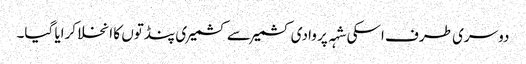
دوسری طرف اسکی شہہ پر وادی کشمیر سے کشمیری پنڈتوں کا انخلا کرایا گیا۔